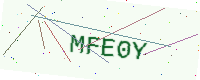
Text: MFE0Y